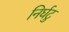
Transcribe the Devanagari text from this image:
निर्घटु